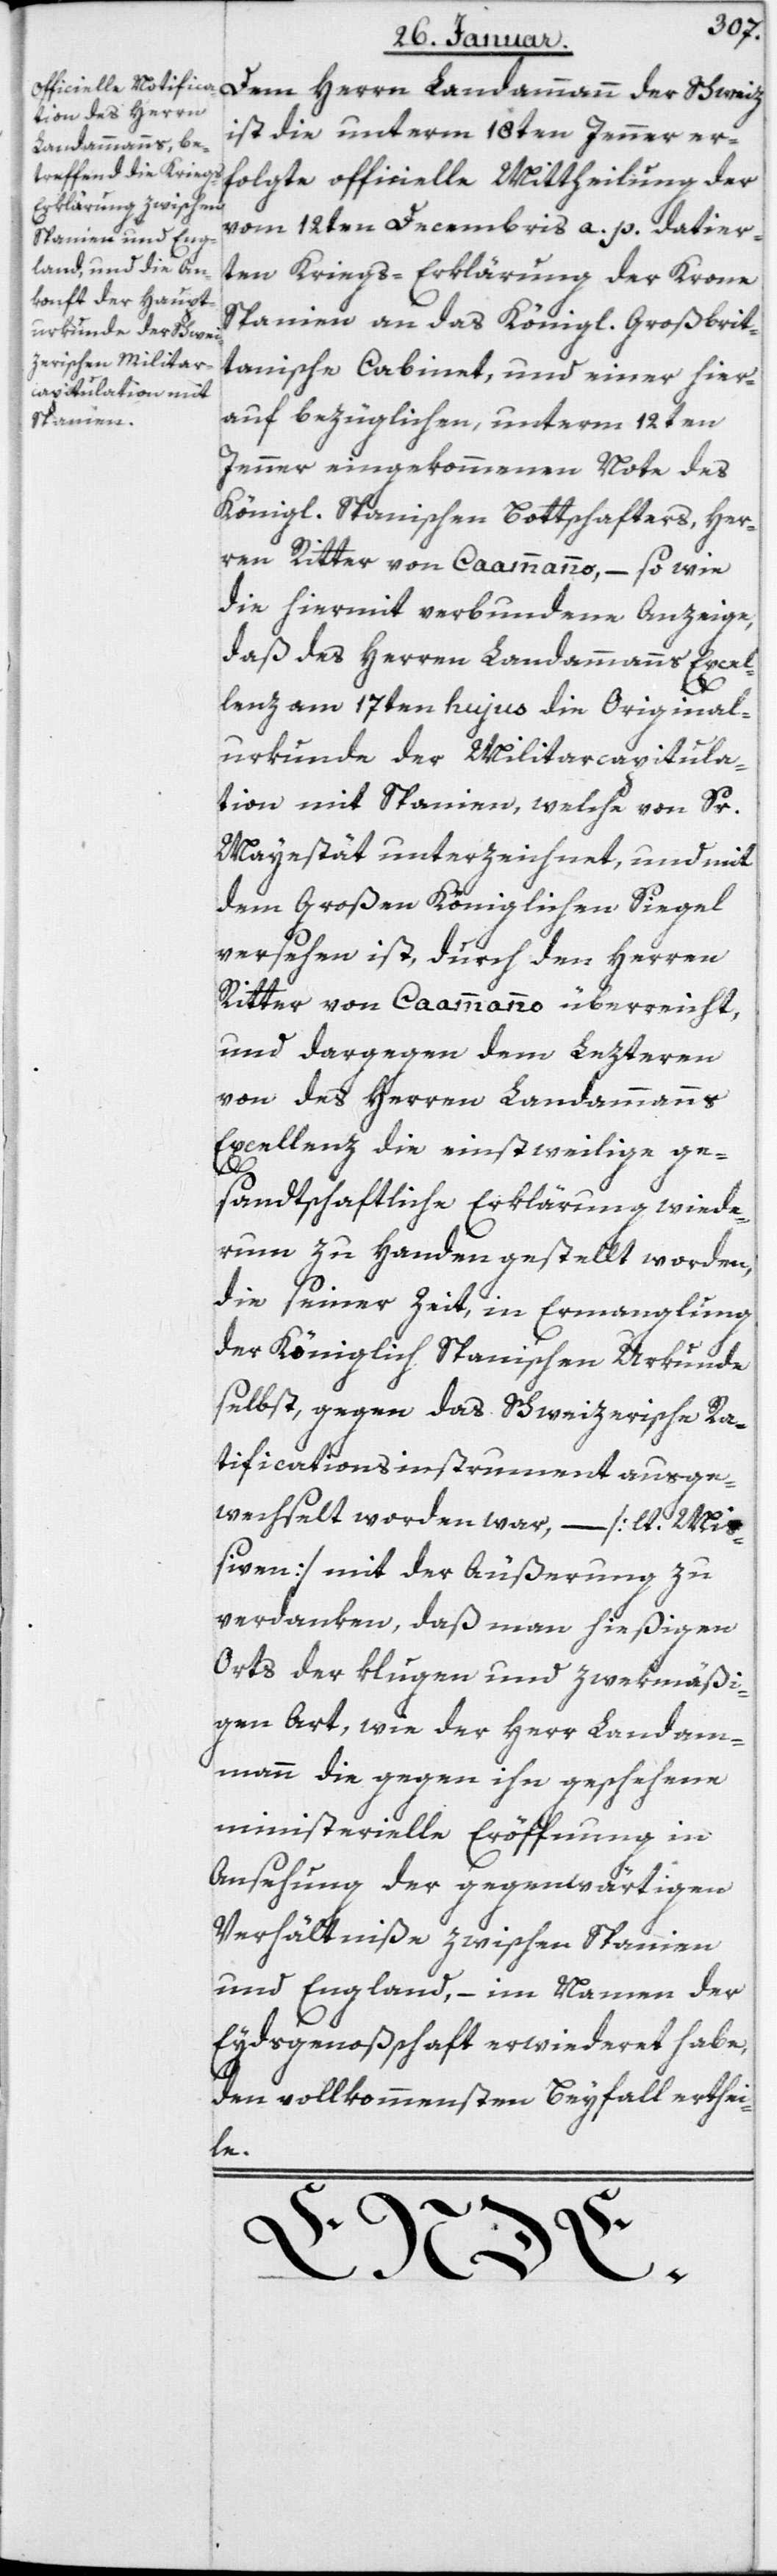
ist die unterm 18ten Jenner er¬
Landammann der
folgte officielle Mittheilung der
vom 12ten Decembris a. p. datier¬
ten Kriegs-Erklärung der Krone
Spanien an das königl. Großbrit¬
tanische Cabinet, und einer hier¬
auf bezüglichen, unterm 12ten
Jenner eingekommenen Note des
Königl. Spanischen Bottschafters, Her¬
ren Ritter von Caammanno, – sowie
die hiermit verbundene Anzeige,
daß des Herren Landammanns Excel¬
lenz am 17ten hujus die Original¬
urkunde der Militarkapitula¬
tion mit Spanien, welche von Sr
Majestät unterzeichnet, und mit
dem Großen Königlichen Siegel
versehen ist, durch den Herren
Ritter von Caammanno überreicht,
und dargegen dem Lezteren
von des Herren Landammanns
Excellenz die einstweilige ge¬
sandtschaftliche Erklärung wiede¬
rum zu Handen gestellt worden,
die seiner Zeit in Ermanglung
der Königlich Spanischen Urkunde
selbst, gegen das Schweizerische Ra¬
tifications-Instrument ausge¬
wechselt worden war, – [lt. Mi¬
ßiven] mit der Äußerung zu
verdanken, daß man hießigen
Orts der klugen und zwekmäßi¬
gen Art, wie der Herr Landam¬
mann die gegen ihn geschehene
ministerielle Eröffnung in
Ansehung der gegenwärtigen
Verhältniße zwischen Spanien
und England, – im Namen der
Eydsgenoßenschaft erwideret habe,
den vollkommensten Beyfall erthei¬
le.
Dem Herrn